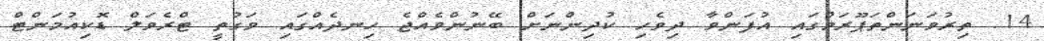
14. ތިރުވަނަންތަޕޫރަމްގައި އުފަންވާ ދިވެހި ކުދިންނަށް ބޭނުންވެއްޖެ ހިނދެއްގައި ވަގުތީ ޓްރެވަލް ޑޮކިއުމަންޓް